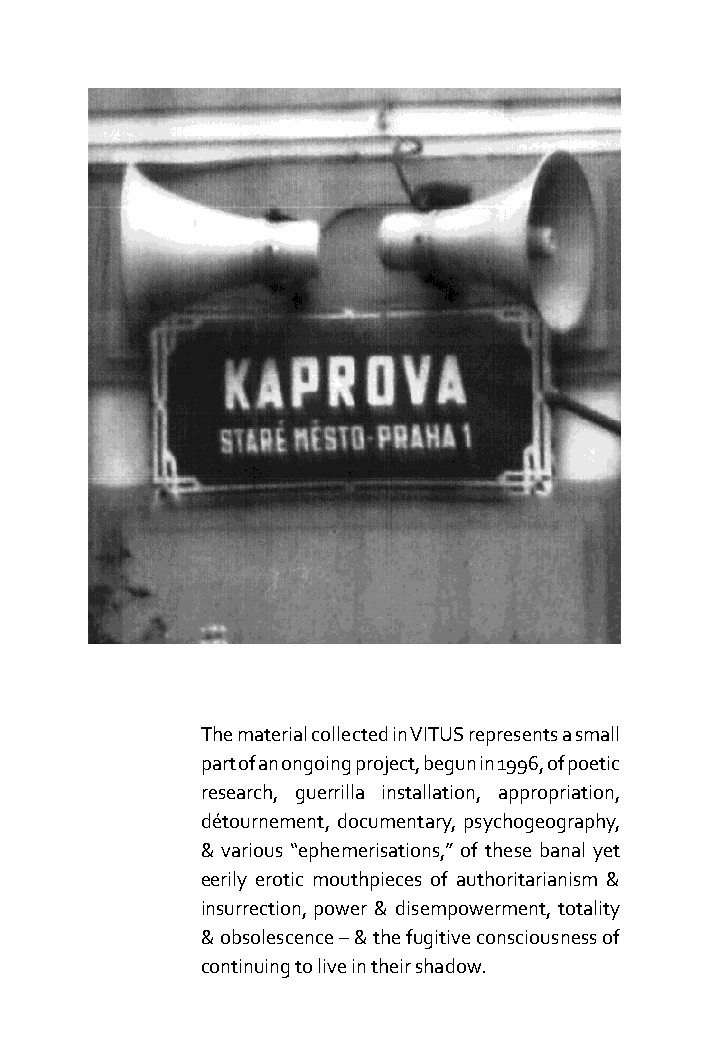
The material collected in VITUS represents a small
 part of an ongoing project, begun in 1996, of poetic
 research, guerrilla installation, appropriation,
 détournement, documentary, psychogeography,
 & various “ephemerisations,” of these banal yet
 eerily erotic mouthpieces of authoritarianism &
 insurrection, power & disempowerment, totality
 & obsolescence – & the fugitive consciousness of
 continuing to live in their shadow.
 5A